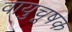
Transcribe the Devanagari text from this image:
वायुचूषक